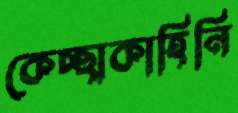
কেচ্ছাকাহিনি